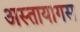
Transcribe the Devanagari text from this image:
अस्तायागस